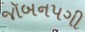
જૉબનપગી